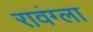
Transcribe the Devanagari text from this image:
रावंग्ला